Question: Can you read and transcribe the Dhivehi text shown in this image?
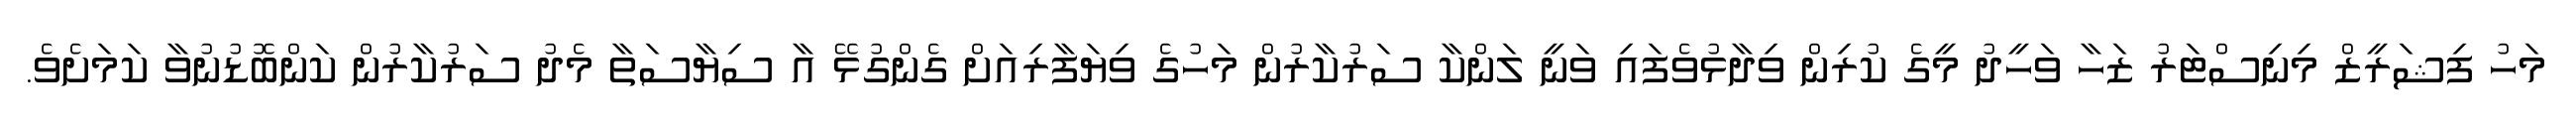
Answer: މަހު ފިޝަރީޒް މިނިސްޓަރު ޒަހާ ވަހީދު މީގެ ކުރިން ވިދާޅުވެފައި ވަނީ ލަންކާ ސަރުކާރުން މަހުގެ ވިޔަފާރިއަށް ގެންގުޅޭ އާ ސިޔާސަތާ މެދު ސަރުކާރުން ކަންބޮޑުނުވާ ކަމަށެވެ.